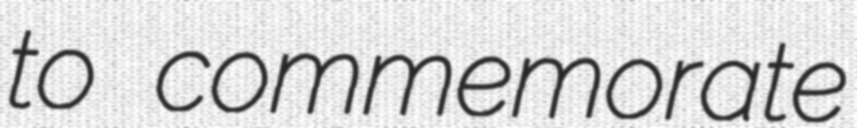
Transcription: to commemorate